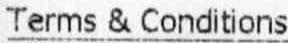
TERMS & CONDITIONS